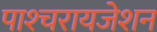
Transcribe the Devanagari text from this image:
पाश्‍चरायजेशन